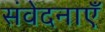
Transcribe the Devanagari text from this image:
संवेदनाऍं